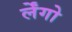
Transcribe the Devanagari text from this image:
र्लेंगो